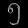
Digit: ၅